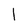
Character: l